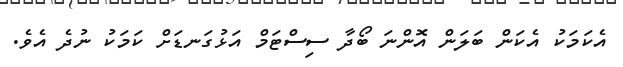
އެކަމަކު އެކަން ބަލަން އޮންނަ ބޯދާ ސިސްޓަމް އަޅުގަނޑަށް ކަމަކު ނުދެ އެވެ.